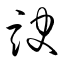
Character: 諛